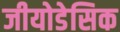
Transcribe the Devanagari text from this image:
जीयोडेसिक